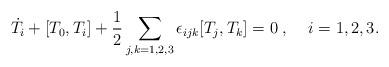
LaTeX: \begin{align*}\dot{T}_i+[T_0,T_i]+\frac{1}{2}\sum_{j,k=1,2,3}\epsilon_{ijk}[T_j,T_k]=0\;,\;\;\;\;i=1,2,3.\end{align*}